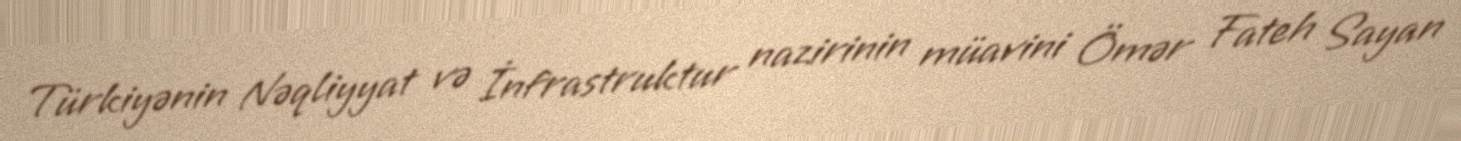
Türkiyənin Nəqliyyat və İnfrastruktur nazirinin müavini Ömər Fateh Sayan